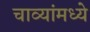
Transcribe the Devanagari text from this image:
चाव्यांमध्ये